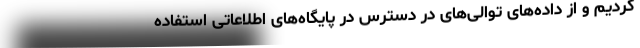
کردیم و از داده‌های توالی‌های در دسترس در پایگاه‌های اطلاعاتی استفاده